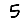
Digit: 5